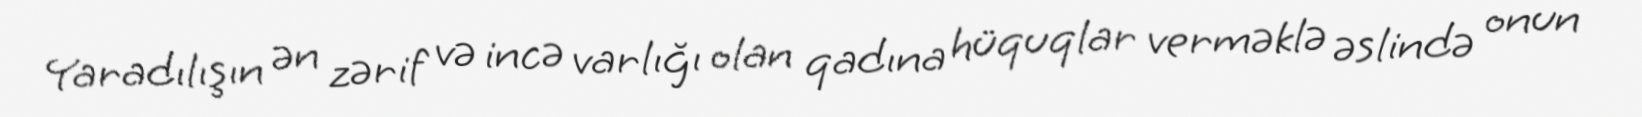
Yaradılışın ən zərif və incə varlığı olan qadına hüquqlar verməklə əslində onun